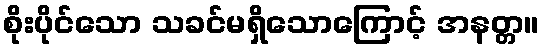
စိုးပိုင်သော သခင်မရှိသောကြောင့် အနတ္တ။